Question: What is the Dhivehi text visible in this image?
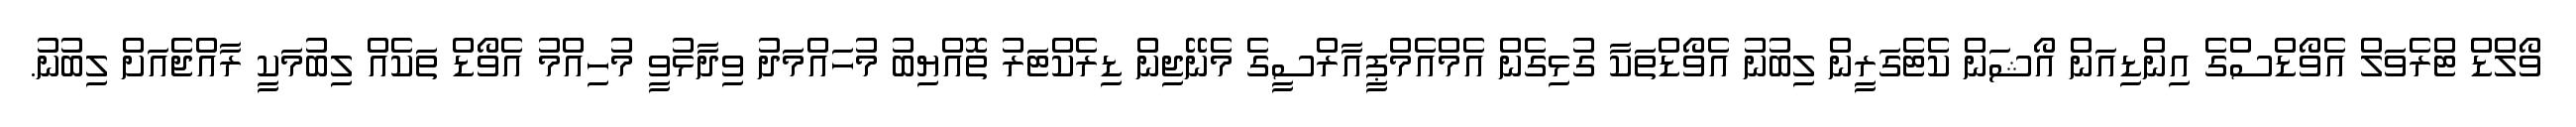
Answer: ވޯލްޑް ޓްރެވަލް އެވޯޑްސްގެ އިންޑިއަން އޯޝަން ކެޓެގަރީން ލިބުނު އެވޯޑްތަކާ ގުޅިގެން އެމްއެމްޕީއާރްސީގެ މެނޭޖިން ޑިރެކްޓަރު ތޮއްޔިބު މުހައްމަދު ވިދާޅުވީ މުހިއްމު އެވޯޑް ތަކެއް ލިބުމަކީ ރާއްޖެއަށް ލިބުނު.